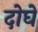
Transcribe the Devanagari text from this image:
दोघें